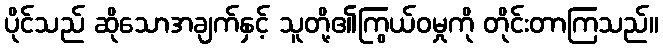
ပိုင်သည် ဆိုသောအချက်နှင့် သူတို့၏ကြွယ်ဝမှုကို တိုင်းတာကြသည်။